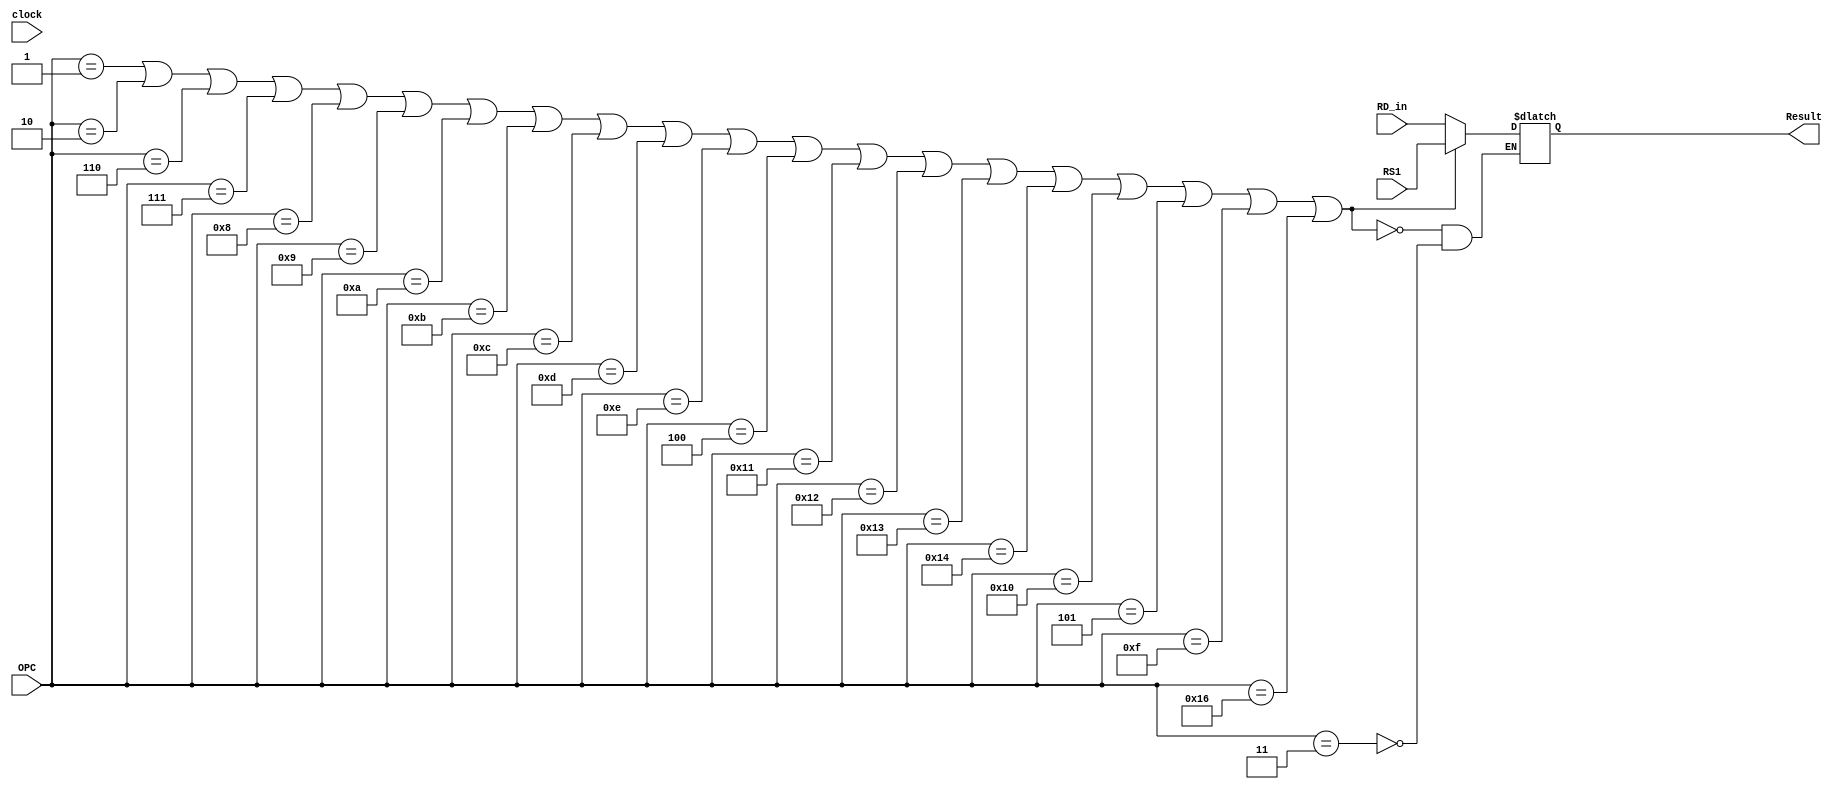

module inputmux(OPC,RS1,RD_in,Result,clock);
input [5:0]OPC;
input [31:0]RS1;
input [31:0]RD_in;
output [31:0]Result;
reg [31:0]Result;
input clock;


parameter NOP = 6'b0;
parameter ADD = 6'b000001;
parameter SUB = 6'b000010;
parameter STORE = 6'b000011; 
parameter LOAD = 6'b000100;
parameter MOVE = 6'b000101;
parameter SGE = 6'b000110;
parameter SLE = 6'b000111;
parameter SGT = 6'b001000;
parameter SLT = 6'b001001;
parameter SEQ = 6'b001010;
parameter SNE = 6'b001011;
parameter AND = 6'b001100;
parameter OR = 6'b001101;
parameter XOR = 6'b001110;
parameter NOT = 6'b001111;
parameter MOVEI = 6'b010000; 
parameter SLI = 6'b010001;
parameter SRI = 6'b010010;
parameter ADDI = 6'b010011;
parameter SUBI = 6'b010100;
parameter JUMP = 6'b010101;
parameter BRA = 6'b010110;

always@(OPC)
begin
if(OPC == ADD || OPC == SUB ||  OPC == SGE ||OPC == SLE || OPC == SGT ||OPC == SLT ||OPC == SEQ ||OPC == SNE ||OPC == AND ||OPC ==OR || OPC == XOR || OPC == LOAD || OPC == SLI ||OPC == SRI || OPC==ADDI || OPC ==SUBI || OPC ==MOVEI || OPC ==MOVE || OPC==NOT || OPC==BRA)
begin
Result<=RS1;
end
else if(OPC==STORE)
begin
Result<=RD_in;
end
end
endmodule